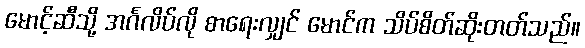
မောင့်ဆီသို့ အင်္ဂလိပ်လို စာရေးလျှင် မောင်က သိပ်စိတ်ဆိုးတတ်သည်။